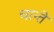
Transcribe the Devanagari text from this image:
चान्ते